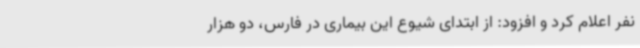
نفر اعلام کرد و افزود: از ابتدای شیوع این بیماری در فارس، دو هزار